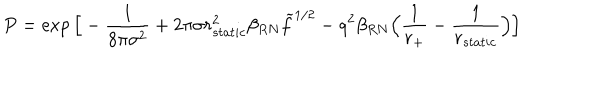
LaTeX: P = \exp \Big [ - { \frac { 1 } { 8 \pi \sigma ^ { 2 } } } + 2 \pi \sigma r _ { s t a t i c } ^ { 2 } \beta _ { R N } \widetilde f ^ { 1 / 2 } - q ^ { 2 } \beta _ { R N } \Big ( { \frac { 1 } { r _ { + } } } - { \frac { 1 } { r _ { s t a t i c } } } \Big ) \Big ]